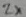
Text: 2x